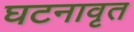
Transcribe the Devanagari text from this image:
घटनावृत